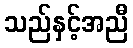
သည်နှင့်အညီ